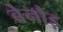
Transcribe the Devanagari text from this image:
बेनौड़